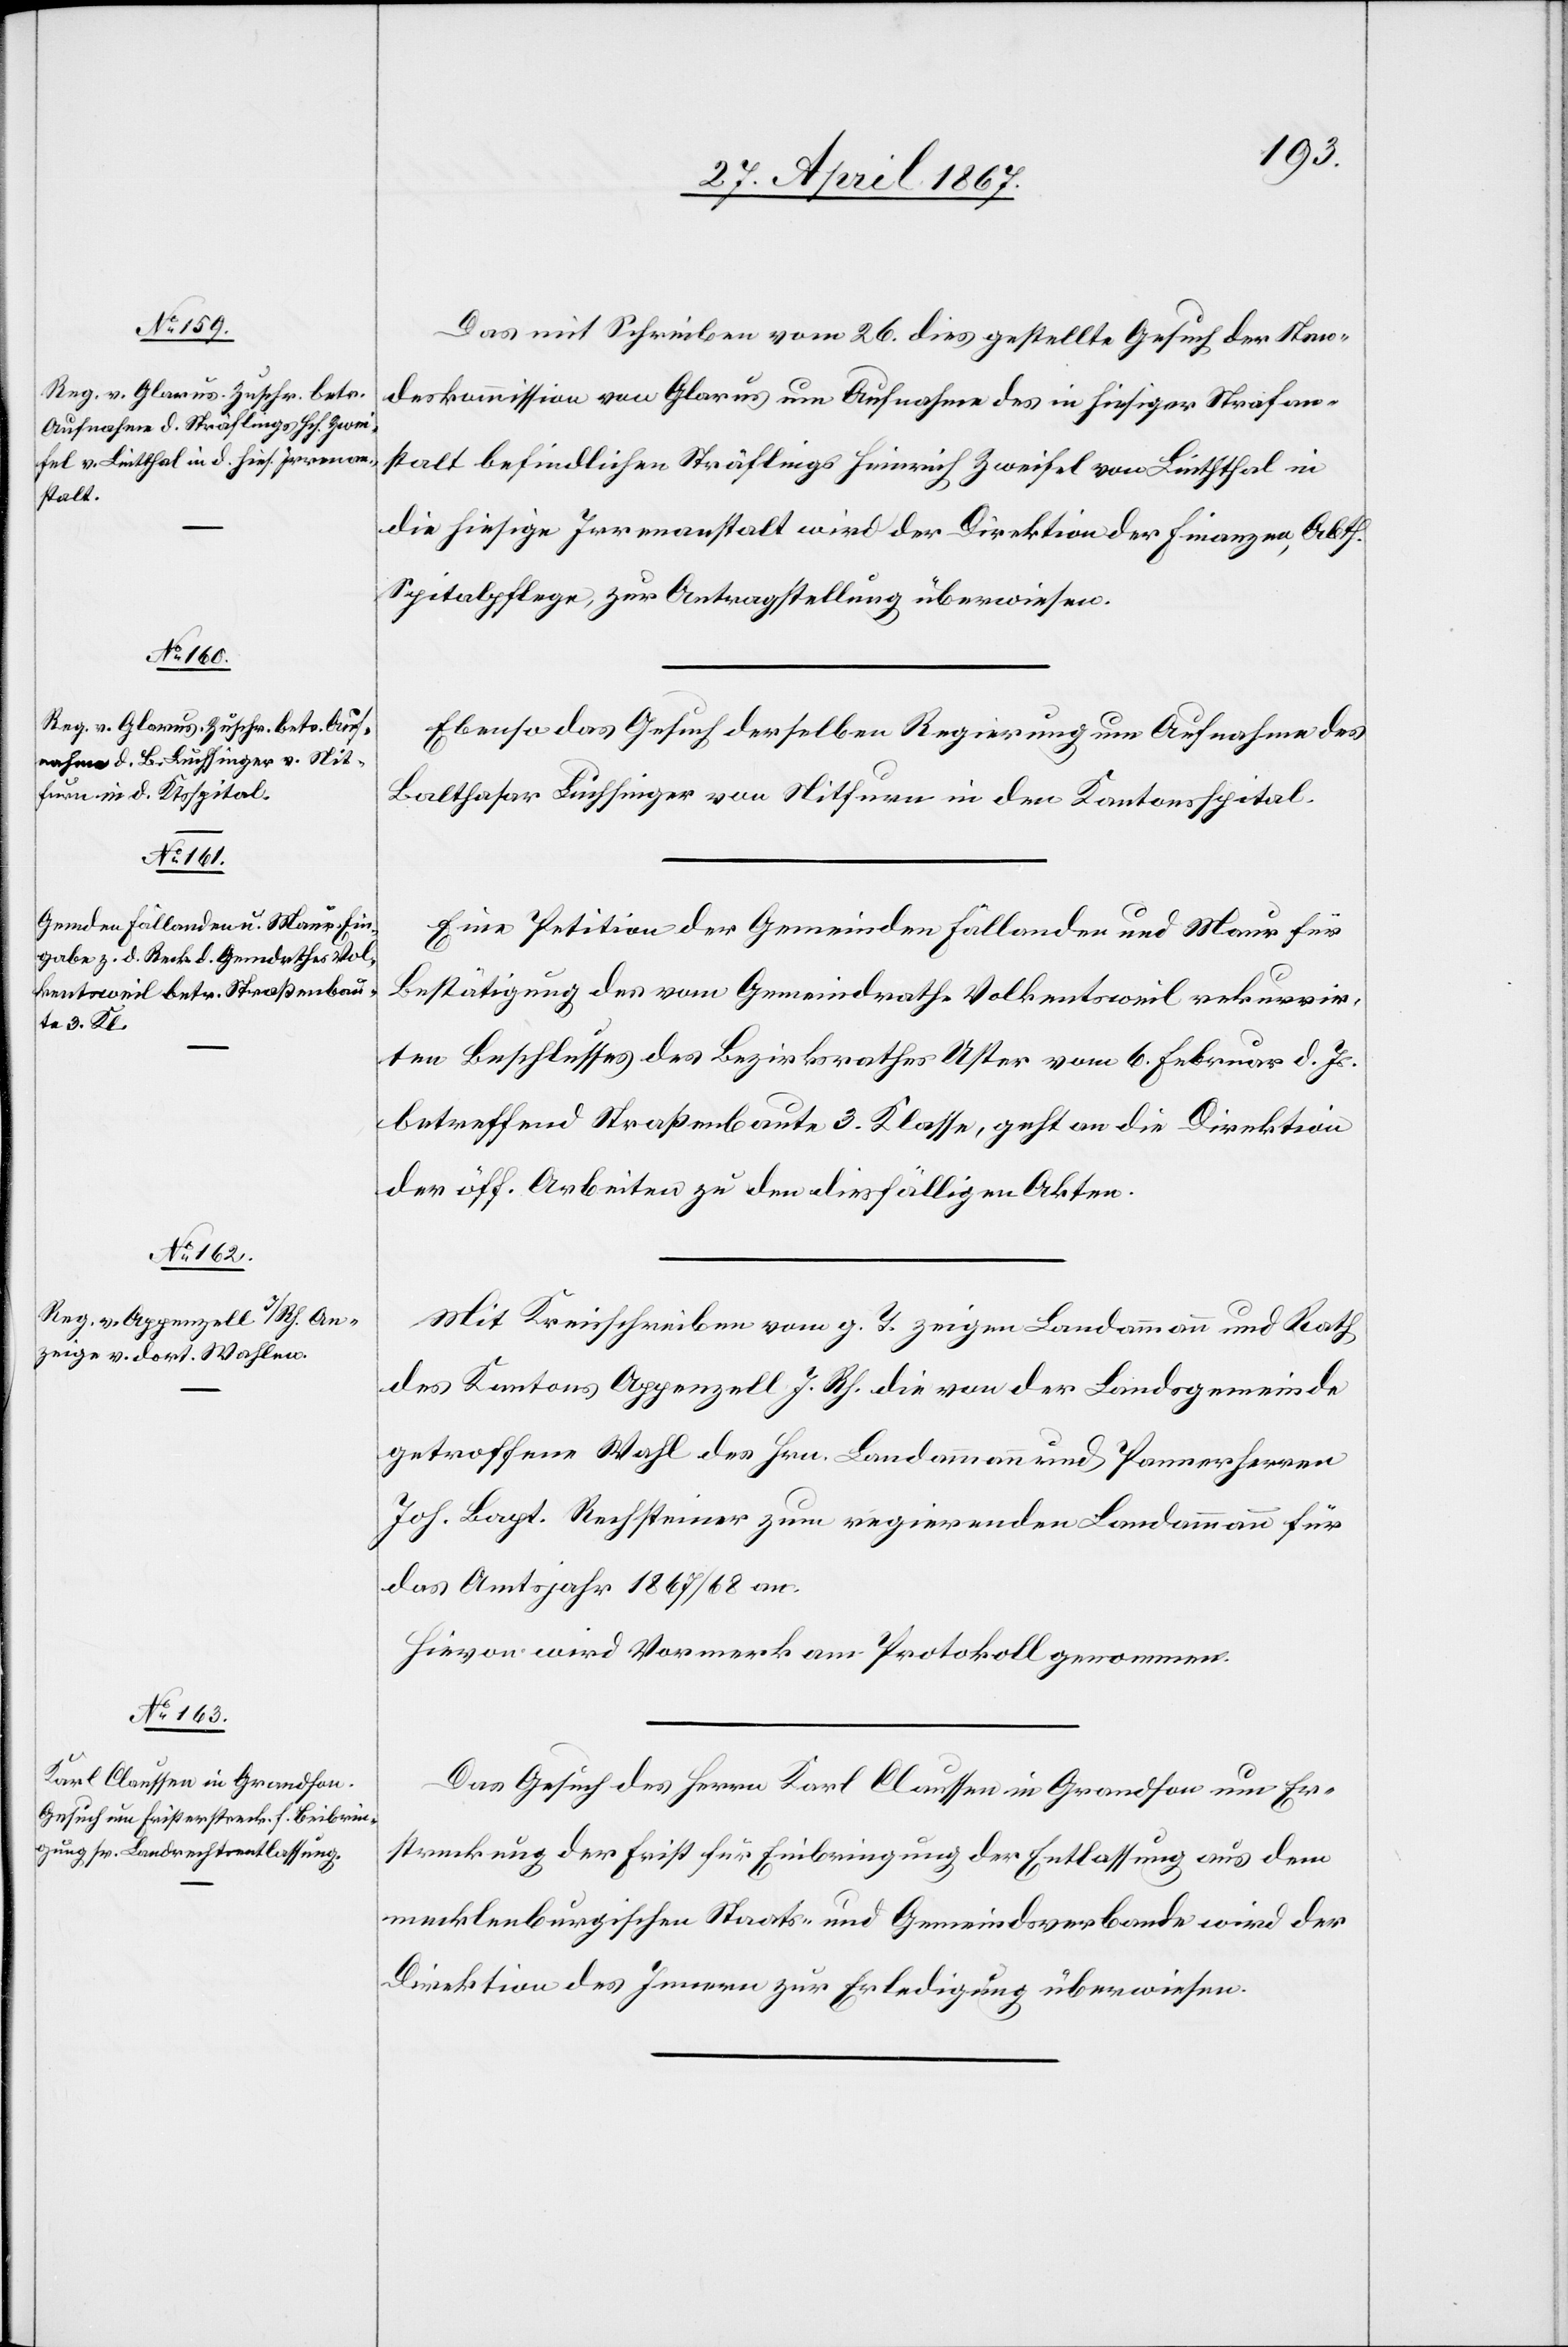
30. April 1867.]
Das mit Schreiben vom 26. dies gestellte Gesuch der Stan¬
deskommission von Glarus um Aufnahme des in hiesiger Strafan¬
stalt befindlichen Sträflings Heinrich Zweifel von Linththal in
die hiesige Irrenanstalt wird der Direktion der Finanzen, Abth.
Spitalpflege, zur Antragstellung überwiesen.
Ebenso das Gesuch derselben Regierung um Aufnahme des
Balthasar Luchsinger von Nitfurn in den Kantonsspital.
Eine Petition der Gemeinden Fällanden und Maur für
Bestätigung des vom Gemeindrathe Volkentsweil rekurrir¬
ten Beschlusses des Bezirksrathes Uster vom 6. Februar d. Js.
betreffend Straßenbaute 3. Klasse, geht an die Direktion
der öff. Arbeiten zu den diesfälligen Akten.
Mit Schreiben vom g. T. zeigen Landammann und Rath
des Kantons Appenzell I/Rh. die von der Landsgemeinde
getroffene Wahl des Hrn. Landammann und Pannerherren
Joh. Bapt. Rechsteiner zum regierenden Landammann für
das Amtsjahr 1867/68 an.
Hievon wird Vormerk am Protokoll genommen.
Das Gesuch des Herrn Karl Claussen in Grandson um Er¬
streckung der Frist für Einbringung der Entlassung aus dem
mecklenburgischen Staats- und Gemeindsverbande wird der
Direktion des Innern zur Erledigung überwiesen.